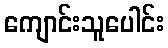
ကျောင်းသူပေါင်း